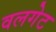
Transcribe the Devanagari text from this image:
वलगेट